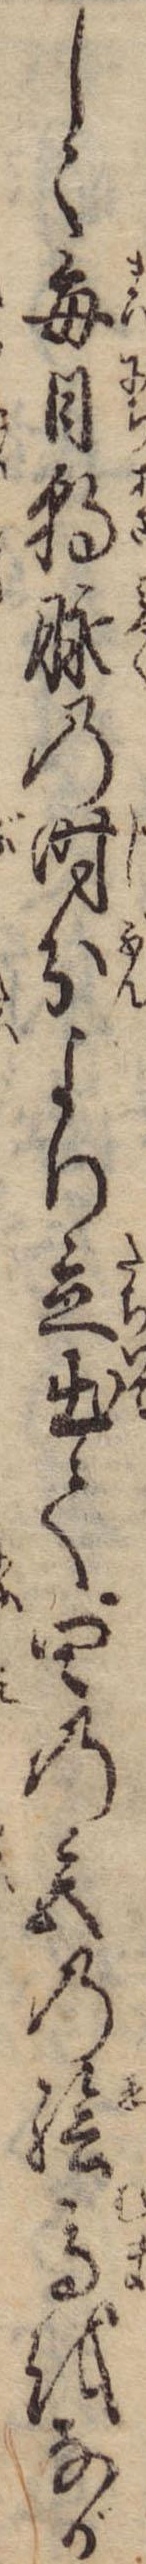
しく毎日朝脈の時分より立出て四の宮の絵馬をなが